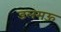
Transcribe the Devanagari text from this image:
डलमऊ